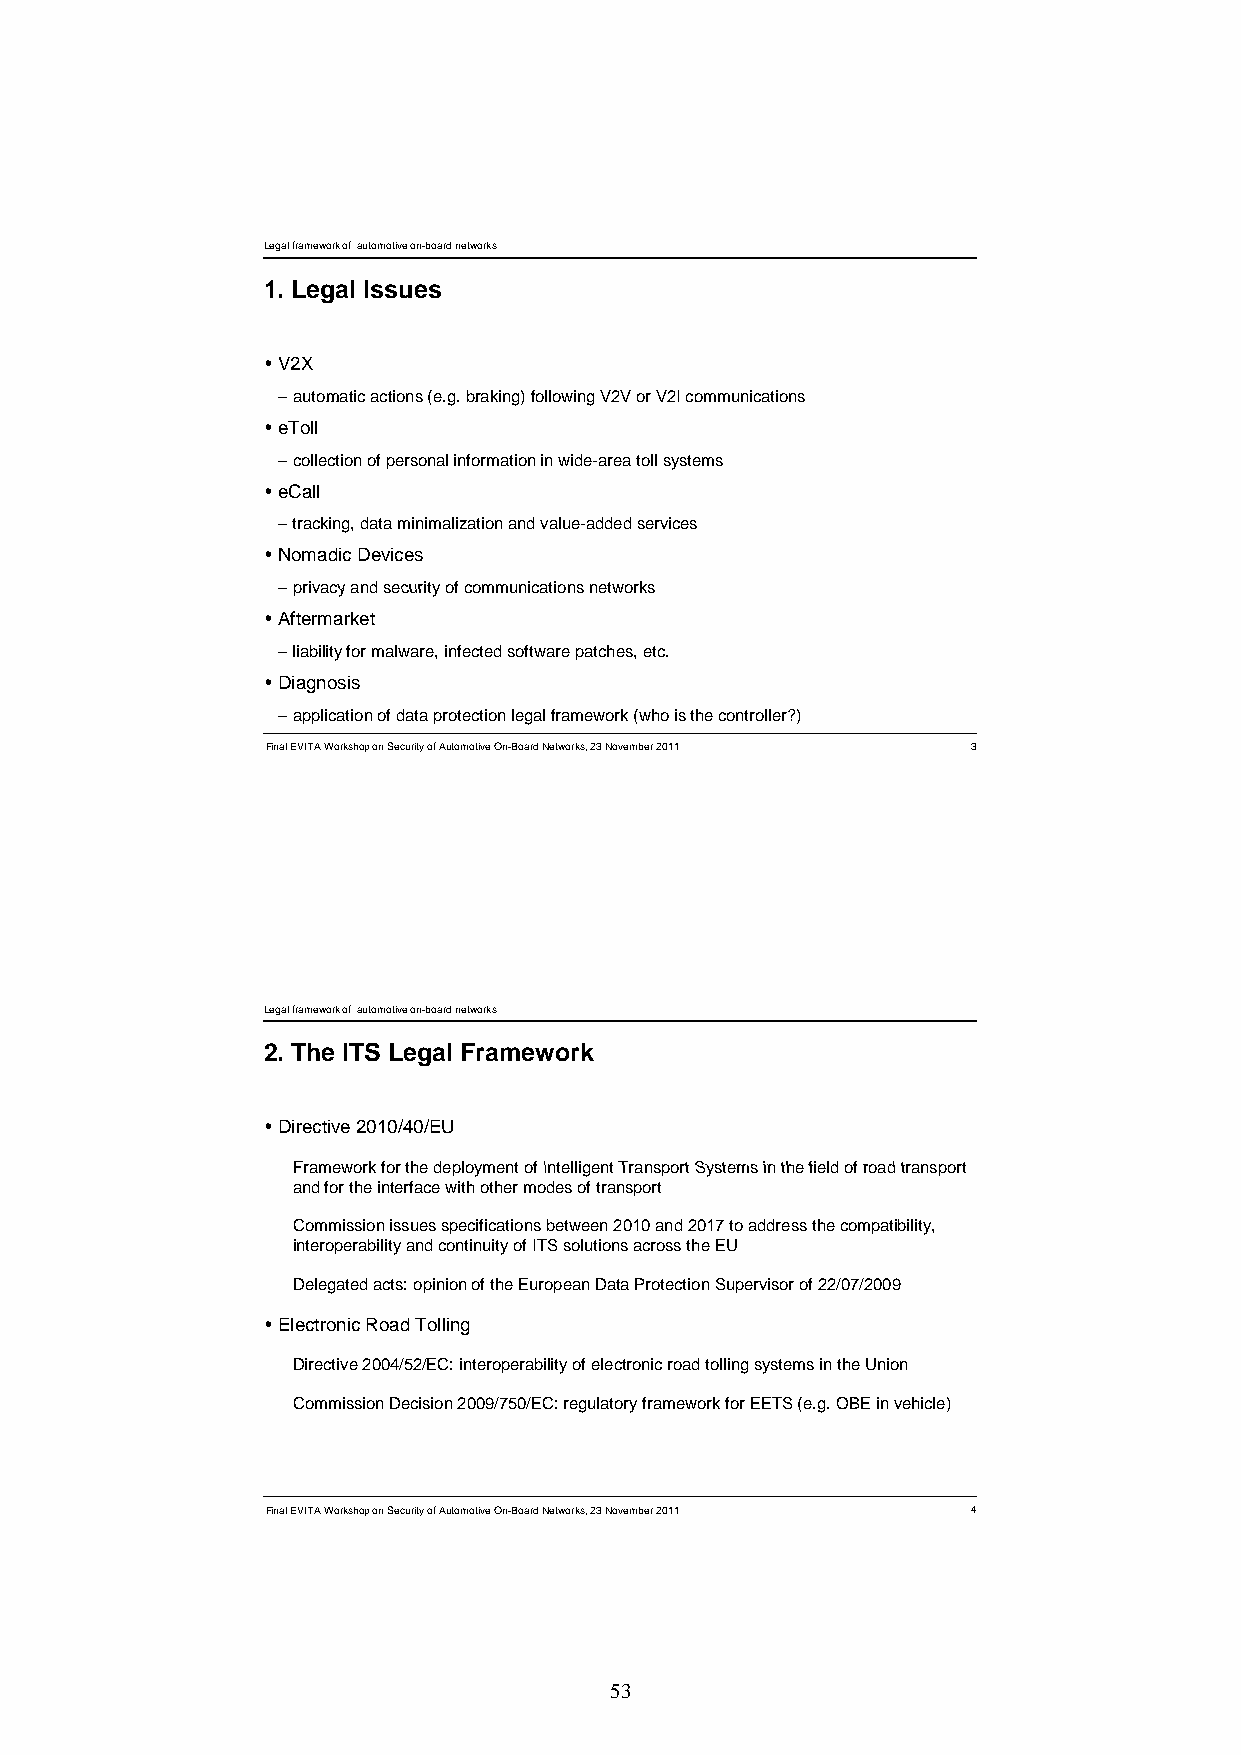
Legal framework of automotive on-board networks
 1. Legal Issues
 V2X
 –aauuttoommaattiicc aaccttiioonnss ((ee..gg.. bbrraakkiinngg)) ffoolllloowwiinngg VV22VV oorr VV22II ccoommmmuunniiccaattiioonnss
 eToll
 –collection of personal information in wide-area toll systems
 eCall
 –tracking, data minimalizationand value-added services
 Nomadic Devices
 ––pprriivvaaccyy aanndd sseeccuurriittyy ooff ccoommmmuunniiccaattiioonnss nneettwwoorrkkss
 Aftermarket
 –liability for malware, infected software patches, etc.
 Diagnosis
 –application of data protection legal framework (who is the controller?)
 Final EVITA Workshop on Security of Automotive On-Board Networks, 23 November 2011 3
 Legal framework of automotive on-board networks
 2. The ITS Legal Framework
 Directive 2010/40/EU
 FFrraammeewwoorrkk ffoorr tthhee ddeeppllooyymmeenntt ooff IInntteelllliiggeenntt TTrraannssppoorrtt SSyysstteemmss iinn tthhee ffiieelldd ooff rrooaadd ttrraannssppoorrtt
 and for the interface with other modes of transport
 Commission issues specifications between 2010 and 2017 to address the compatibility,
 interoperability and continuity of ITS solutions across the EU
 Delegated acts: opinion of the European Data Protection Supervisor of 22/07/2009
 Electronic Road Tolling
 Directive 2004/52/EC: interoperability of electronic road tolling systems in the Union
 Commission Decision 2009/750/EC: regulatory framework for EETS (e.g. OBE in vehicle)
 Final EVITA Workshop on Security of Automotive On-Board Networks, 23 November 2011 4
 53